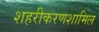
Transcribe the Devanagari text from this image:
शहरीकरणशामिल